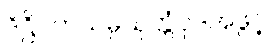
ဒိဋ္ဌိဂတသမ္ပယုတ္တံပုဒ်အဖွင့်